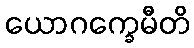
ယောဂက္ခေမီတိ